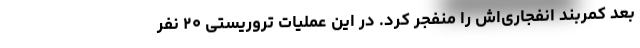
بعد کمربند انفجاری‌اش را منفجر کرد. در این عملیات تروریستی ۲۰ نفر